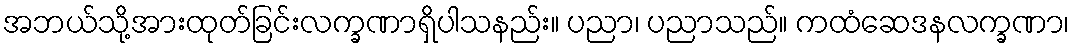
အဘယ်သို့အားထုတ်ခြင်းလက္ခဏာရှိပါသနည်း။ ပညာ၊ ပညာသည်။ ကထံဆေဒနလက္ခဏာ၊